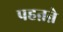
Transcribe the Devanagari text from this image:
पहऩऩे